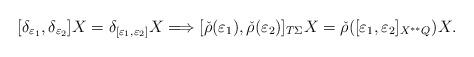
LaTeX: \begin{align*}[\delta_{\varepsilon_1},\delta_{\varepsilon_2}]X=\delta_{[\varepsilon_1,\varepsilon_2]}X\Longrightarrow[\check{\rho}(\varepsilon_1),\check{\rho}(\varepsilon_2)]_{T\Sigma}X=\check{\rho}([\varepsilon_1,\varepsilon_2]_{X^{**}Q})X.\end{align*}